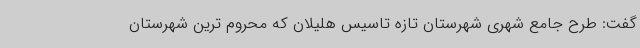
گفت: طرح جامع شهری شهرستان تازه تاسیس هلیلان که محروم ترین شهرستان